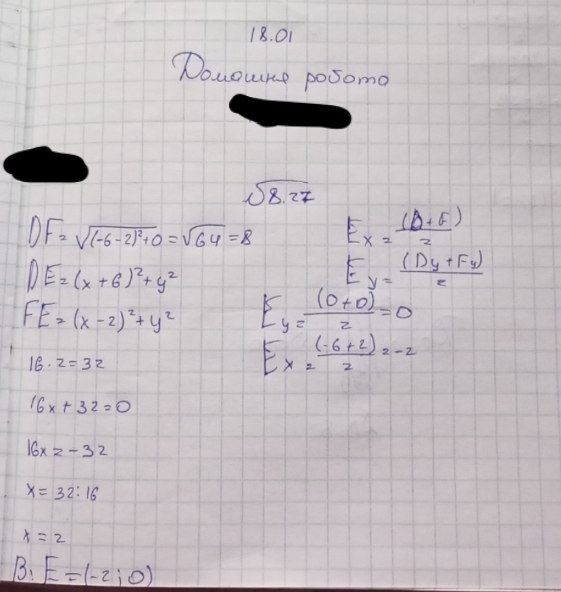
18.01
N827
E_x = \frac{(D + F)}{2}
DF = \sqrt{(-6-2)^2 + 0} = \sqrt{64} = 8
E_y = \frac{(D_y + F_y)}{[illegible]}
DE = (x + 6)^2 + y^2
\frac{(0+0)}{[illegible]} = 0
FE = (x - 2)^2 + y^2
Ex = (-6 + 2)/2 = -2
16 ⋅ 2 = 32
16x + 32 = 0
16x = -32
x = 32 : 16
x = 2
В: E = (-2;0)